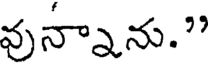
వున్నను."